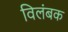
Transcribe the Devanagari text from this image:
विलंबक